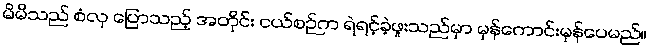
မိမိသည် စံလှ ပြောသည့် အတိုင်း ငယ်စဉ်က ရဲရင့်ခဲ့ဖူးသည်မှာ မှန်ကောင်းမှန်ပေမည်။